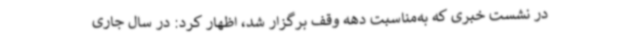
در نشست خبری که به‌مناسبت دهه وقف برگزار شد، اظهار کرد: در سال جاری